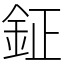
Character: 鉦